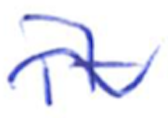
Text: it
Cross-out: wave
Writing tool: ballpoint